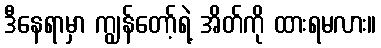
ဒီနေရာမှာ ကျွန်တော့်ရဲ့ အိတ်ကို ထားရမလား။